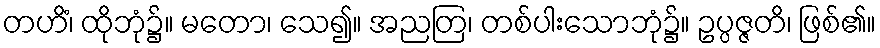
တဟိံ၊ ထိုဘုံ၌။ မတော၊ သေ၍။ အညတြ၊ တစ်ပါးသောဘုံ၌။ ဥပ္ပဇ္ဇတိ၊ ဖြစ်၏။